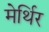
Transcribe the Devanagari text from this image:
मेर्थिर